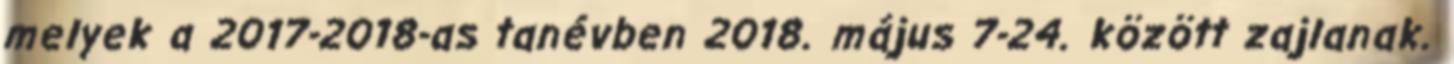
melyek a 2017-2018-as tanévben 2018. május 7-24. között zajlanak.